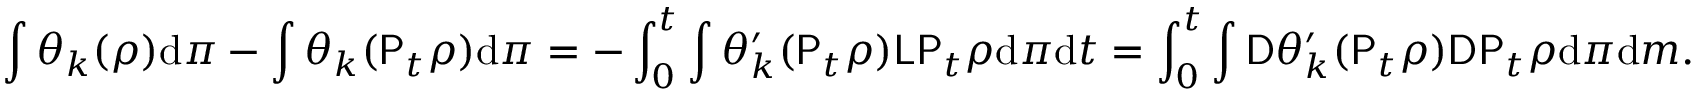
\int \theta _ { k } ( \rho ) \mathrm { d } \pi - \int \theta _ { k } ( \mathsf { P } _ { t } \rho ) \mathrm { d } \pi = - \int _ { 0 } ^ { t } \int \theta _ { k } ^ { \prime } ( \mathsf { P } _ { t } \rho ) \mathsf { L } \mathsf { P } _ { t } \rho \mathrm { d } \pi \mathrm { d } t = \int _ { 0 } ^ { t } \int \mathsf { D } \theta _ { k } ^ { \prime } ( \mathsf { P } _ { t } \rho ) \mathsf { D } \mathsf { P } _ { t } \rho \mathrm { d } \pi \mathrm { d } m .